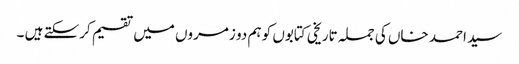
سید احمد خاں کی جملہ تاریخی کتابوں کو ہم دو زمروں میں تقسیم کرسکتے ہیں ۔